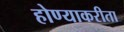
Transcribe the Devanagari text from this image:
होण्याकरीता